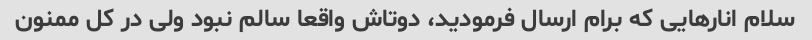
سلام انارهایی که برام ارسال فرمودید، دوتاش واقعا سالم نبود ولی در کل ممنون